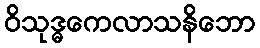
ဝိသုဒ္ဓကေလာသနိဘော